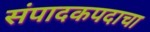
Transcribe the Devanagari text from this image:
संपादकपदाचा